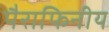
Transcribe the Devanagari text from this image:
पैराफिनीय